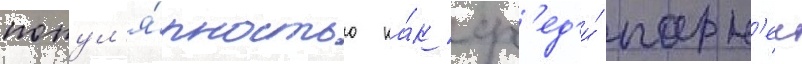
попул'я́рностью ка́к ср'ед'и́ парн'еи